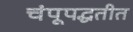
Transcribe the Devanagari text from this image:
चंपूपद्धतीत